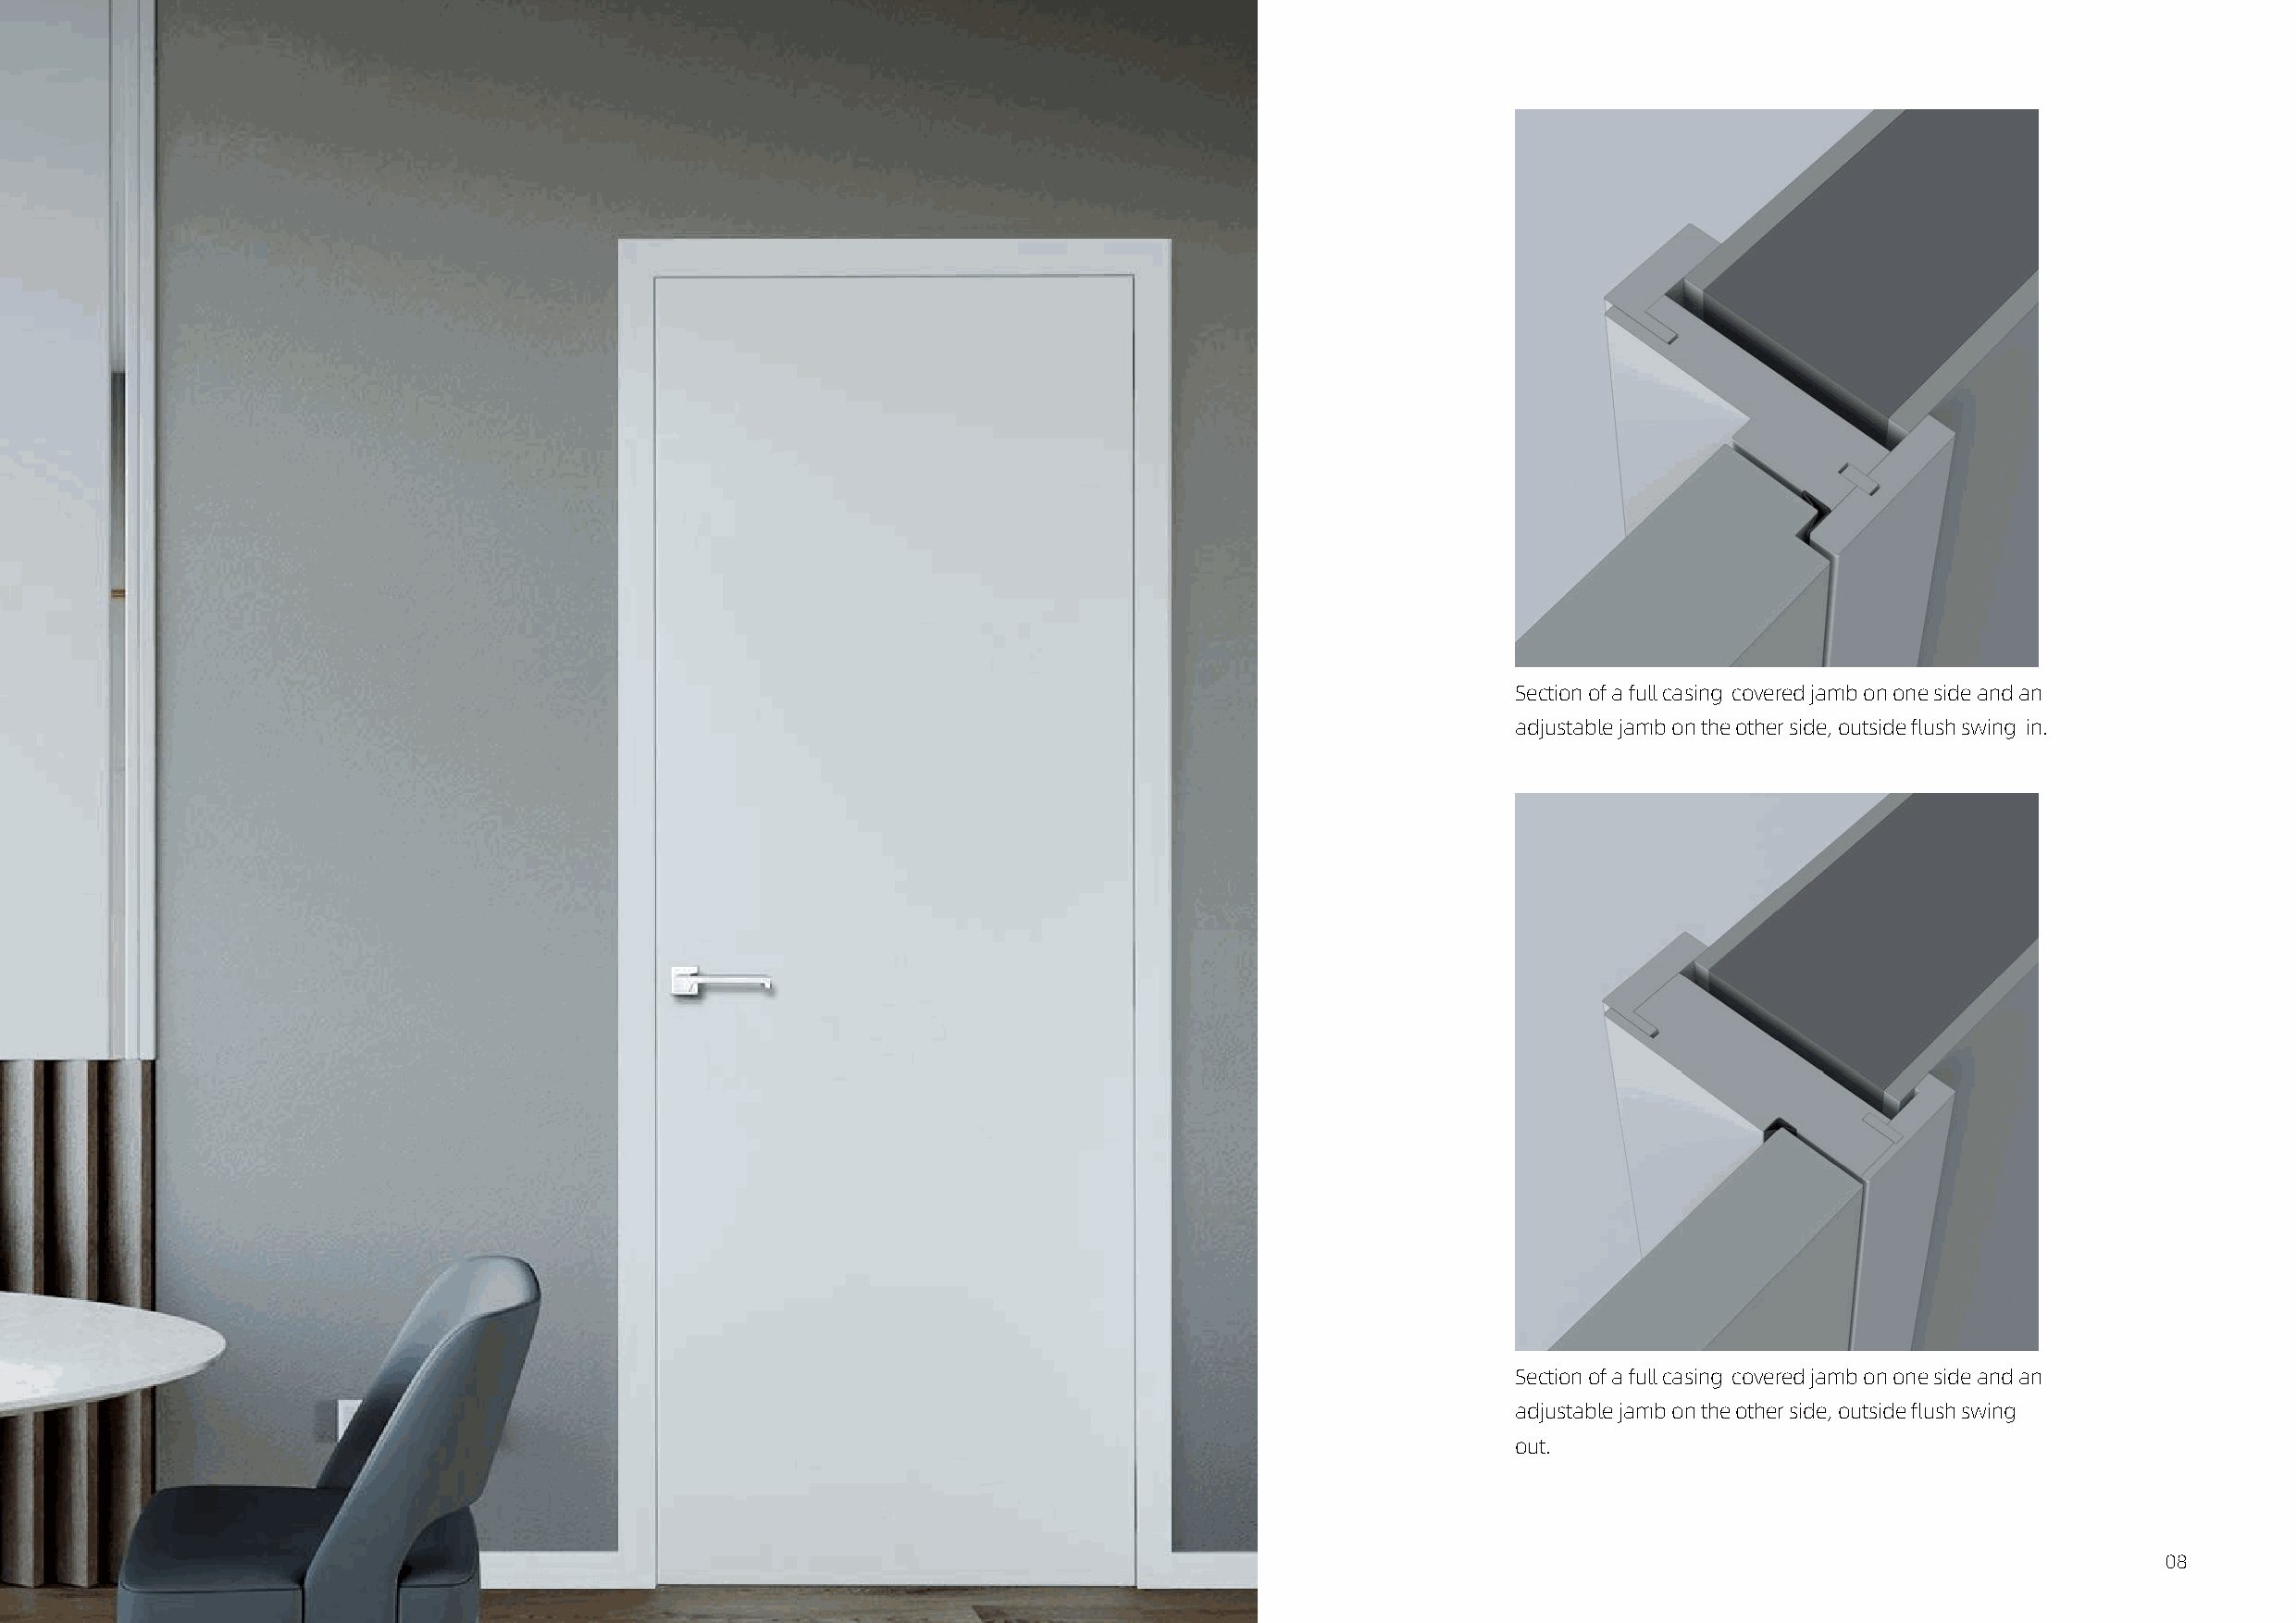
Section of a full casing-covered jamb on one side and an
 adjustable jamb on the other side, outside flush swing-in.
 Section of a full casing-covered jamb on one side and an
 adjustable jamb on the other side, outside flush swing-
 out.
 07                                                                                                                                                 08